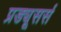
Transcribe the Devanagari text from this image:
प्रड्यूसर्स